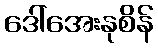
ဒေါ်အေးနုစိန်